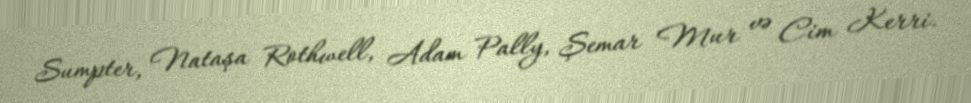
Sumpter, Nataşa Rothwell, Adam Pally, Şemar Mur və Cim Kerri.